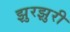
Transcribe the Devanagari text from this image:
झुरझुरी